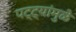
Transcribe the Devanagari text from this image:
पट्ट्यांमुळे